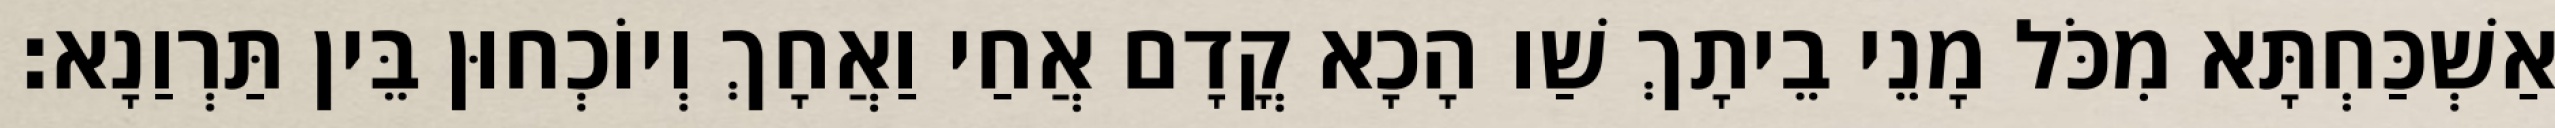
אַשְׁכַּחְתָּא מִכֹּל מָנֵי בֵיתָךְ שַׁו הָכָא קֳדָם אֲחַי וַאֲחָךְ וְיוֹכְחוּן בֵּין תַּרְוַנָא׃